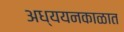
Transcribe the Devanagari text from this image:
अध्ययनकाळात